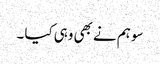
سو ہم نے بھی وہی کیا ۔